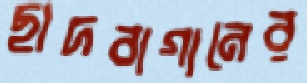
ছাদবাগানের